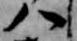
八